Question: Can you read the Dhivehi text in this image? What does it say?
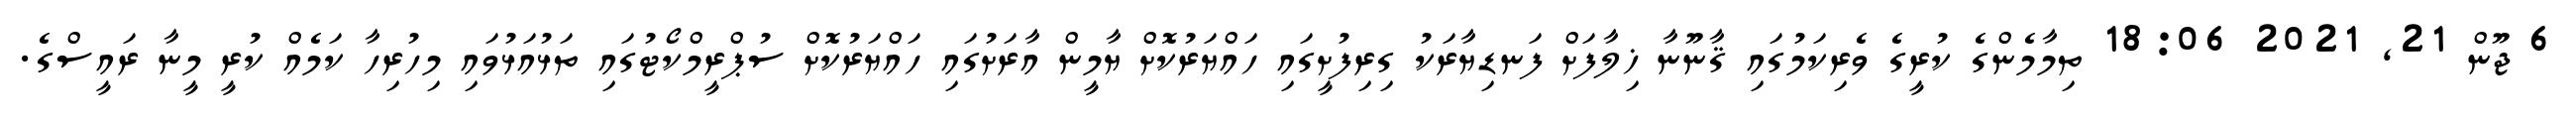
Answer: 6 ޖޫން 21, 2021 18:06 ތިމާމެންގެ ކުރީގެ ވެރިކަމުގައި ޤާނޫނާ ޚިލާފަށް ފަނޑިޔާރަކު ގިރިފުށީގައި ހައްޔަރުކޮށް ޔާމީން އާރަށުގައި ހައްޔަރުކޮށް ސުޕްރީމްކޯޓުގައި ތަޅުއަޅުވައި މިހުރިހާ ކަމެއް ކުރީ މީނާ ރައީސްގެ.